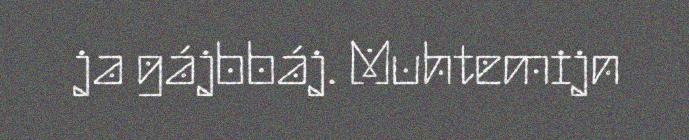
ja gájbbáj. Muhtemijn